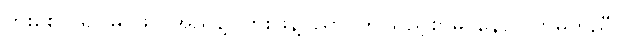
ပွားစေလို၍၊ မဂ်ဖိုလ်အညွန့်၊ ကြဲးဖြန့်ပညာ၊ ဤသည့်စာမူ၊ နောင်လာမှတ်ညီ၊